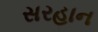
સરહાન